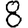
Digit: 8